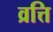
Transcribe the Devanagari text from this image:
व्रत्ति